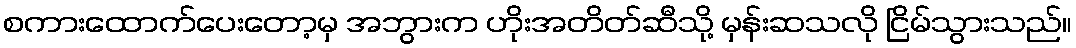
စကားထောက်ပေးတော့မှ အဘွားက ဟိုးအတိတ်ဆီသို့ မှန်းဆသလို ငြိမ်သွားသည်။